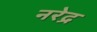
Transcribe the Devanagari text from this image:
नरेद्र